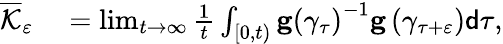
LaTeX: \begin{array}{rl}{\overline{{\mathcal{K}}}_{\varepsilon}}&{{}=\operatorname*{lim}_{t\rightarrow\infty}\frac{1}{t}\int_{\left[0,t\right)}\mathbf{g}\left(\gamma_{\tau}\right)^{-1}\mathbf{g}\left(\gamma_{\tau+\varepsilon}\right)\mathsf{d}\tau,}\end{array}